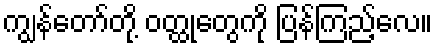
ကျွန်တော်တို့ ဝတ္ထုတွေကို ပြန်ကြည့်လေ။